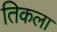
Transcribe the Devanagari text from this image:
तिकला